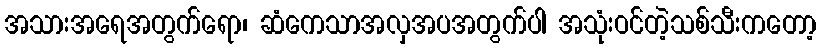
အသားအရေအတွက်ရော၊ ဆံကေသာအလှအပအတွက်ပါ အသုံးဝင်တဲ့သစ်သီးကတော့